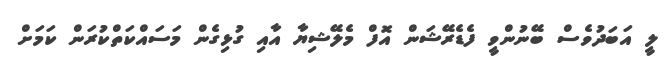
ލީ އަބަދުވެސް ބޭނުންވީ ފެޑެރޭޝަން އޮފް މެލޭޝިޔާ އާއި ގުޅިގެން މަސައްކަތްކުރަން ކަމަށް